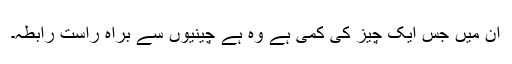
ان میں جس ایک چیز کی کمی ہے وہ ہے چینیوں سے براہ راست رابطہ۔